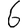
Digit: 6